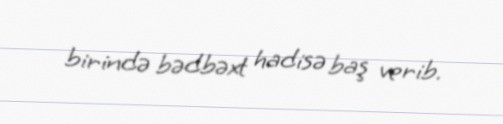
birində bədbəxt hadisə baş verib.